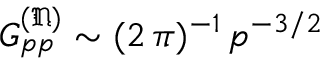
G _ { p p } ^ { ( \mathfrak { N } ) } \sim ( 2 \, \pi ) ^ { - 1 } \, p ^ { - 3 / 2 }